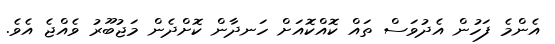
އެންމެ ފަހުން އެދުވަސް ތައް ކޮއްކޮއަށް ހަނދާން ކޮށްދެން މަޖުބޫރު ވެއްޖެ އެވެ.